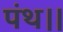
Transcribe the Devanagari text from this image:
पंथ।।